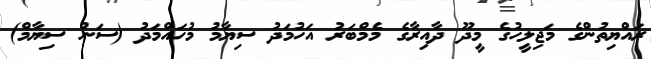
ރައްޔިތުންގެ މަޖިލީހުގެ މީދޫ ދާއިރާގެ މެމްބަރު އަހުމަދު ސިޔާމު މުހައްމަދު (ސަން ސިޔާމް)